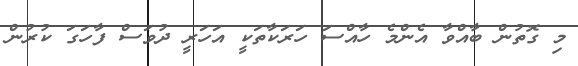
މި ގޮތުން ބާއްވާ އެންމެ ހާއްސަ ހަރަކާތަކީ އަހަރީ ދުވަސް ފާހަގަ ކުރުން